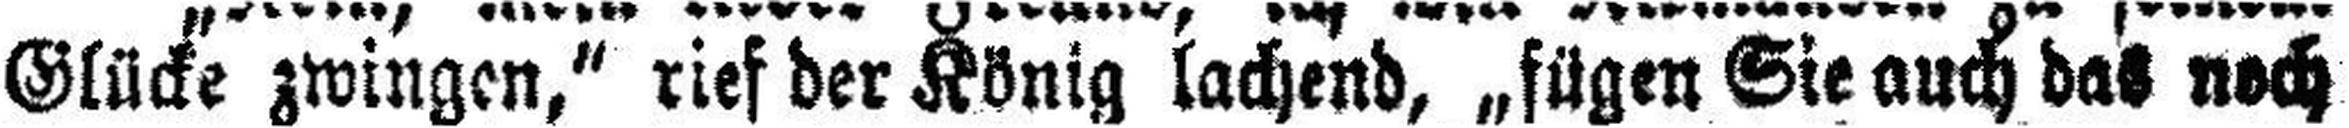
Glücke zwingen,“ rief der König lachend, „fügen Sie auch das noch